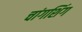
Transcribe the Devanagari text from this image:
चांगशिंग